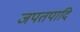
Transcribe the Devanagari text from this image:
जपतपादि